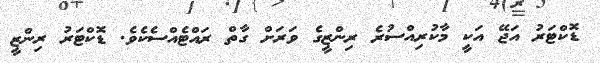
ޑޮކްޓަރު އަޖޭ އަކީ މާކުރިއްސުރެ ރިންޒީގެ ވަރަށް ގާތް ރައްޓެއްސެކެވެ. ޑޮކްޓަރު ރިންޒީ